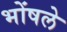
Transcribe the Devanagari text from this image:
भोंषले